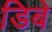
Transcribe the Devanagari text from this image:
डिबे